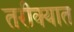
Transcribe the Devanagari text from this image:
तरीक्यात